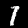
Digit: 7